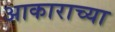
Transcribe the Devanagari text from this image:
अाकाराच्या